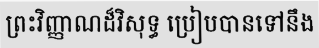
ព្រះវិញ្ញាណដ៏វិសុទ្ធ ប្រៀបបានទៅនឹង